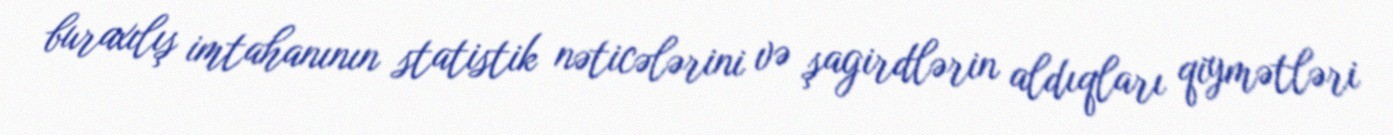
buraxılış imtahanının statistik nəticələrini və şagirdlərin aldıqları qiymətləri